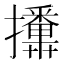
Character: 𭣏